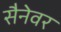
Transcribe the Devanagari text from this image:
सैनेवर